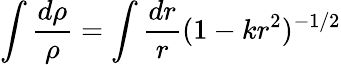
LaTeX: \int\frac{d\rho}{\rho}=\int\frac{dr}{r}(1-kr^{2})^{-1/2}